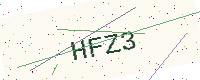
Text: HFZ3